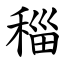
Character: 䅔